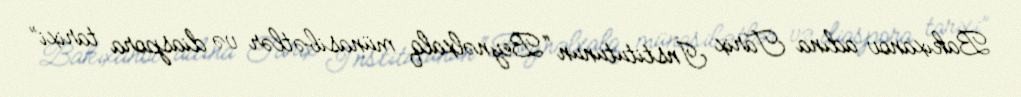
Bakıxanov adına Tarix İnstitutunun “Beynəlxalq münasibətlər və diaspora tarixi”